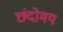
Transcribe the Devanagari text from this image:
छंदोमय